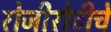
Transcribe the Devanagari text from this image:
रोजीरोटीचे